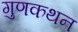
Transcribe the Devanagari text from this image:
गुणकथन